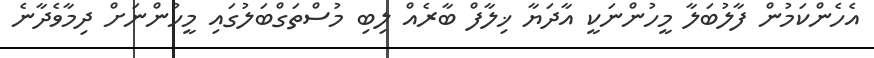
އެހެންކަމުން ފާލުބަލާ މީހުންނަކީ އާދަޔާ ޚިލާފް ބާރެއް ލިބި މުސްތަގްބަލުގައި މީހުންނަށް ދިމާވެދާނެ